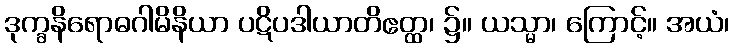
ဒုက္ခနိရောဓဂါမိနိယာ ပဋိပဒါယာတိဧတ္ထ၊ ၌။ ယသ္မာ၊ ကြောင့်။ အယံ၊